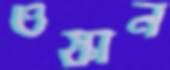
ওস্‌কান